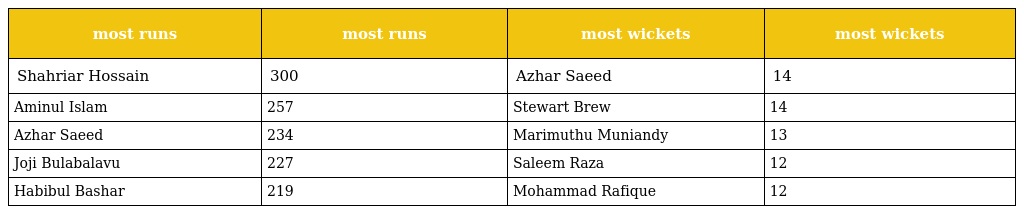
| most runs | most runs | most wickets | most wickets |
 | --- | --- | --- | --- |
 | Shahriar Hossain | 300 | Azhar Saeed | 14 |
 | Aminul Islam | 257 | Stewart Brew | 14 |
 | Azhar Saeed | 234 | Marimuthu Muniandy | 13 |
 | Joji Bulabalavu | 227 | Saleem Raza | 12 |
 | Habibul Bashar | 219 | Mohammad Rafique | 12 |